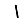
Digit: 1